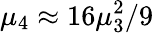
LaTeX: \mu_{4}\approx 16\mu_{3}^{2}/9